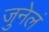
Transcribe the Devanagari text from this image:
जुनेलं